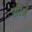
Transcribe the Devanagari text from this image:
सीर्जे